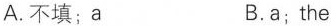
A.不填;a B.a;the